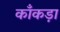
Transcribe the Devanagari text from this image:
काँकड़ा